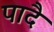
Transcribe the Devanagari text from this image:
पादै